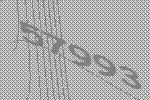
57993